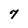
Character: 7